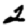
Digit: 2